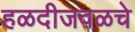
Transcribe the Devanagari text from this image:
हळदीजवळचे